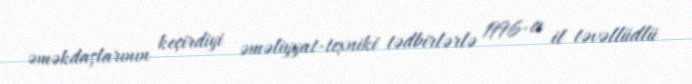
əməkdaşlarının keçirdiyi əməliyyat-texniki tədbirlərlə 1996-cı il təvəllüdlü